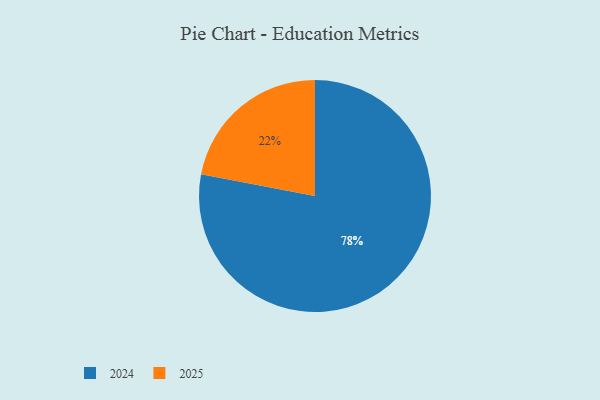
{"axis": {"x": "Category", "y": "Percentage"}, "legend": ["2024", "2025"], "data": [{"x": "2025", "y": 22, "type": "2025"}, {"x": "2024", "y": 78, "type": "2024"}]}